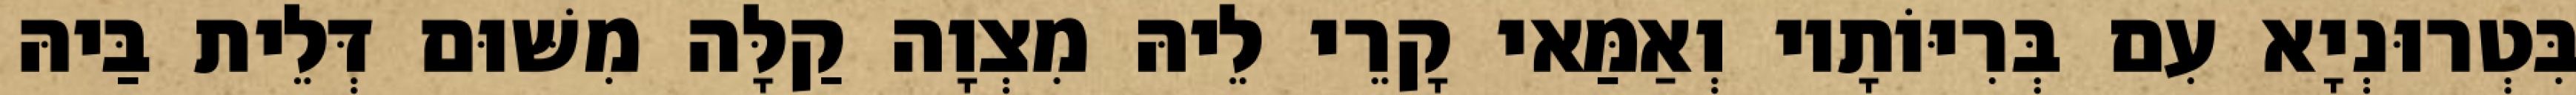
בִּטְרוּנְיָא עִם בְּרִיּוֹתָיו וְאַמַּאי קָרֵי לֵיהּ מִצְוָה קַלָּה מִשּׁוּם דְּלֵית בַּיהּ